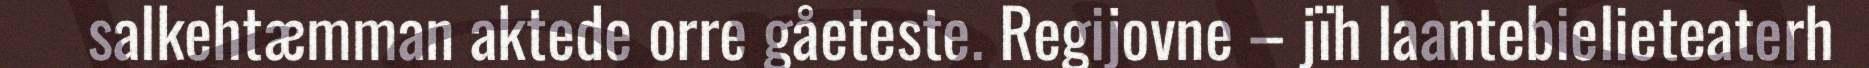
salkehtæmman aktede orre gåeteste. Regijovne – jïh laantebielieteaterh